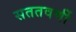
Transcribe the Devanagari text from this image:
सततवर्णी